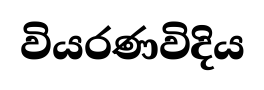
වියරණවිදිය